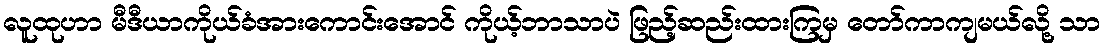
လူထုဟာ မီဒီယာကိုယ်ခံအားကောင်းအောင် ကိုယ့်ဘာသာပဲ ဖြည့်ဆည်းထားကြမှ တော်ကာကျမယ်လို့ သာ